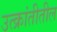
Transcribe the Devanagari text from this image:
उत्क्रांतीतील